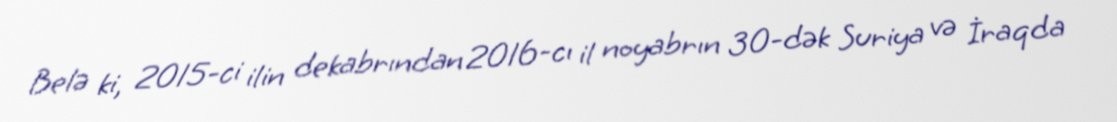
Belə ki, 2015-ci ilin dekabrından 2016-cı il noyabrın 30-dək Suriya və İraqda